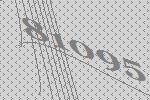
81095